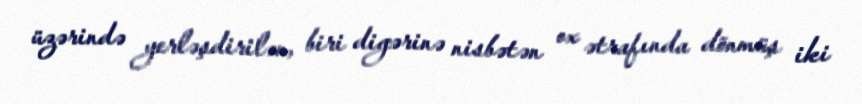
üzərində yerləşdirilən, biri digərinə nisbətən ox ətrafında dönmüş iki